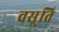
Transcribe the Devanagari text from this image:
वस़्ति